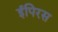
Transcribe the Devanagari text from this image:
ईपिरस